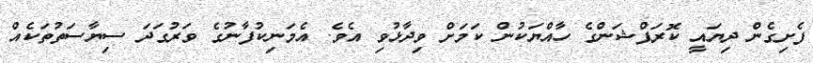
ފެށިގެން ދިޔައީ ކޮރަޕްޝަންގެ ހާއްޔަކުން ކަމަށް ވިދާޅުވި އެވެ. އެމަނިކުފާނުގެ ވަރުގަދަ ސިޔާސަތުތަކެއް